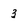
Character: 3